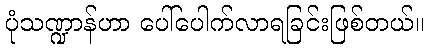
ပုံသဏ္ဍာန်ဟာ ပေါ်ပေါက်လာရခြင်းဖြစ်တယ်။